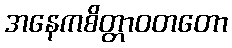
အနေကစိတ္တာဝတတော